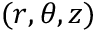
( r , \theta , z )